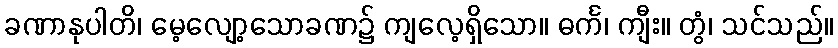
ခဏာနုပါတိ၊ မေ့လျော့သောခဏ၌ ကျလေ့ရှိသော။ ဓင်္က၊ ကျီး။ တွံ၊ သင်သည်။